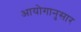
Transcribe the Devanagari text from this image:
आयोगानुसार